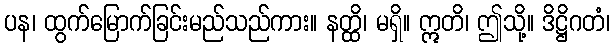
ပန၊ ထွက်မြောက်ခြင်းမည်သည်ကား။ နတ္ထိ၊ မရှိ။ ဣတိ၊ ဤသို့။ ဒိဋ္ဌိဂတံ၊